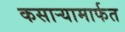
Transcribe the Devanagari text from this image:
कसार्‍यामार्फत